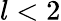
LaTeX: l<2